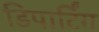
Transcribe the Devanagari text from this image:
डिपार्टिंग